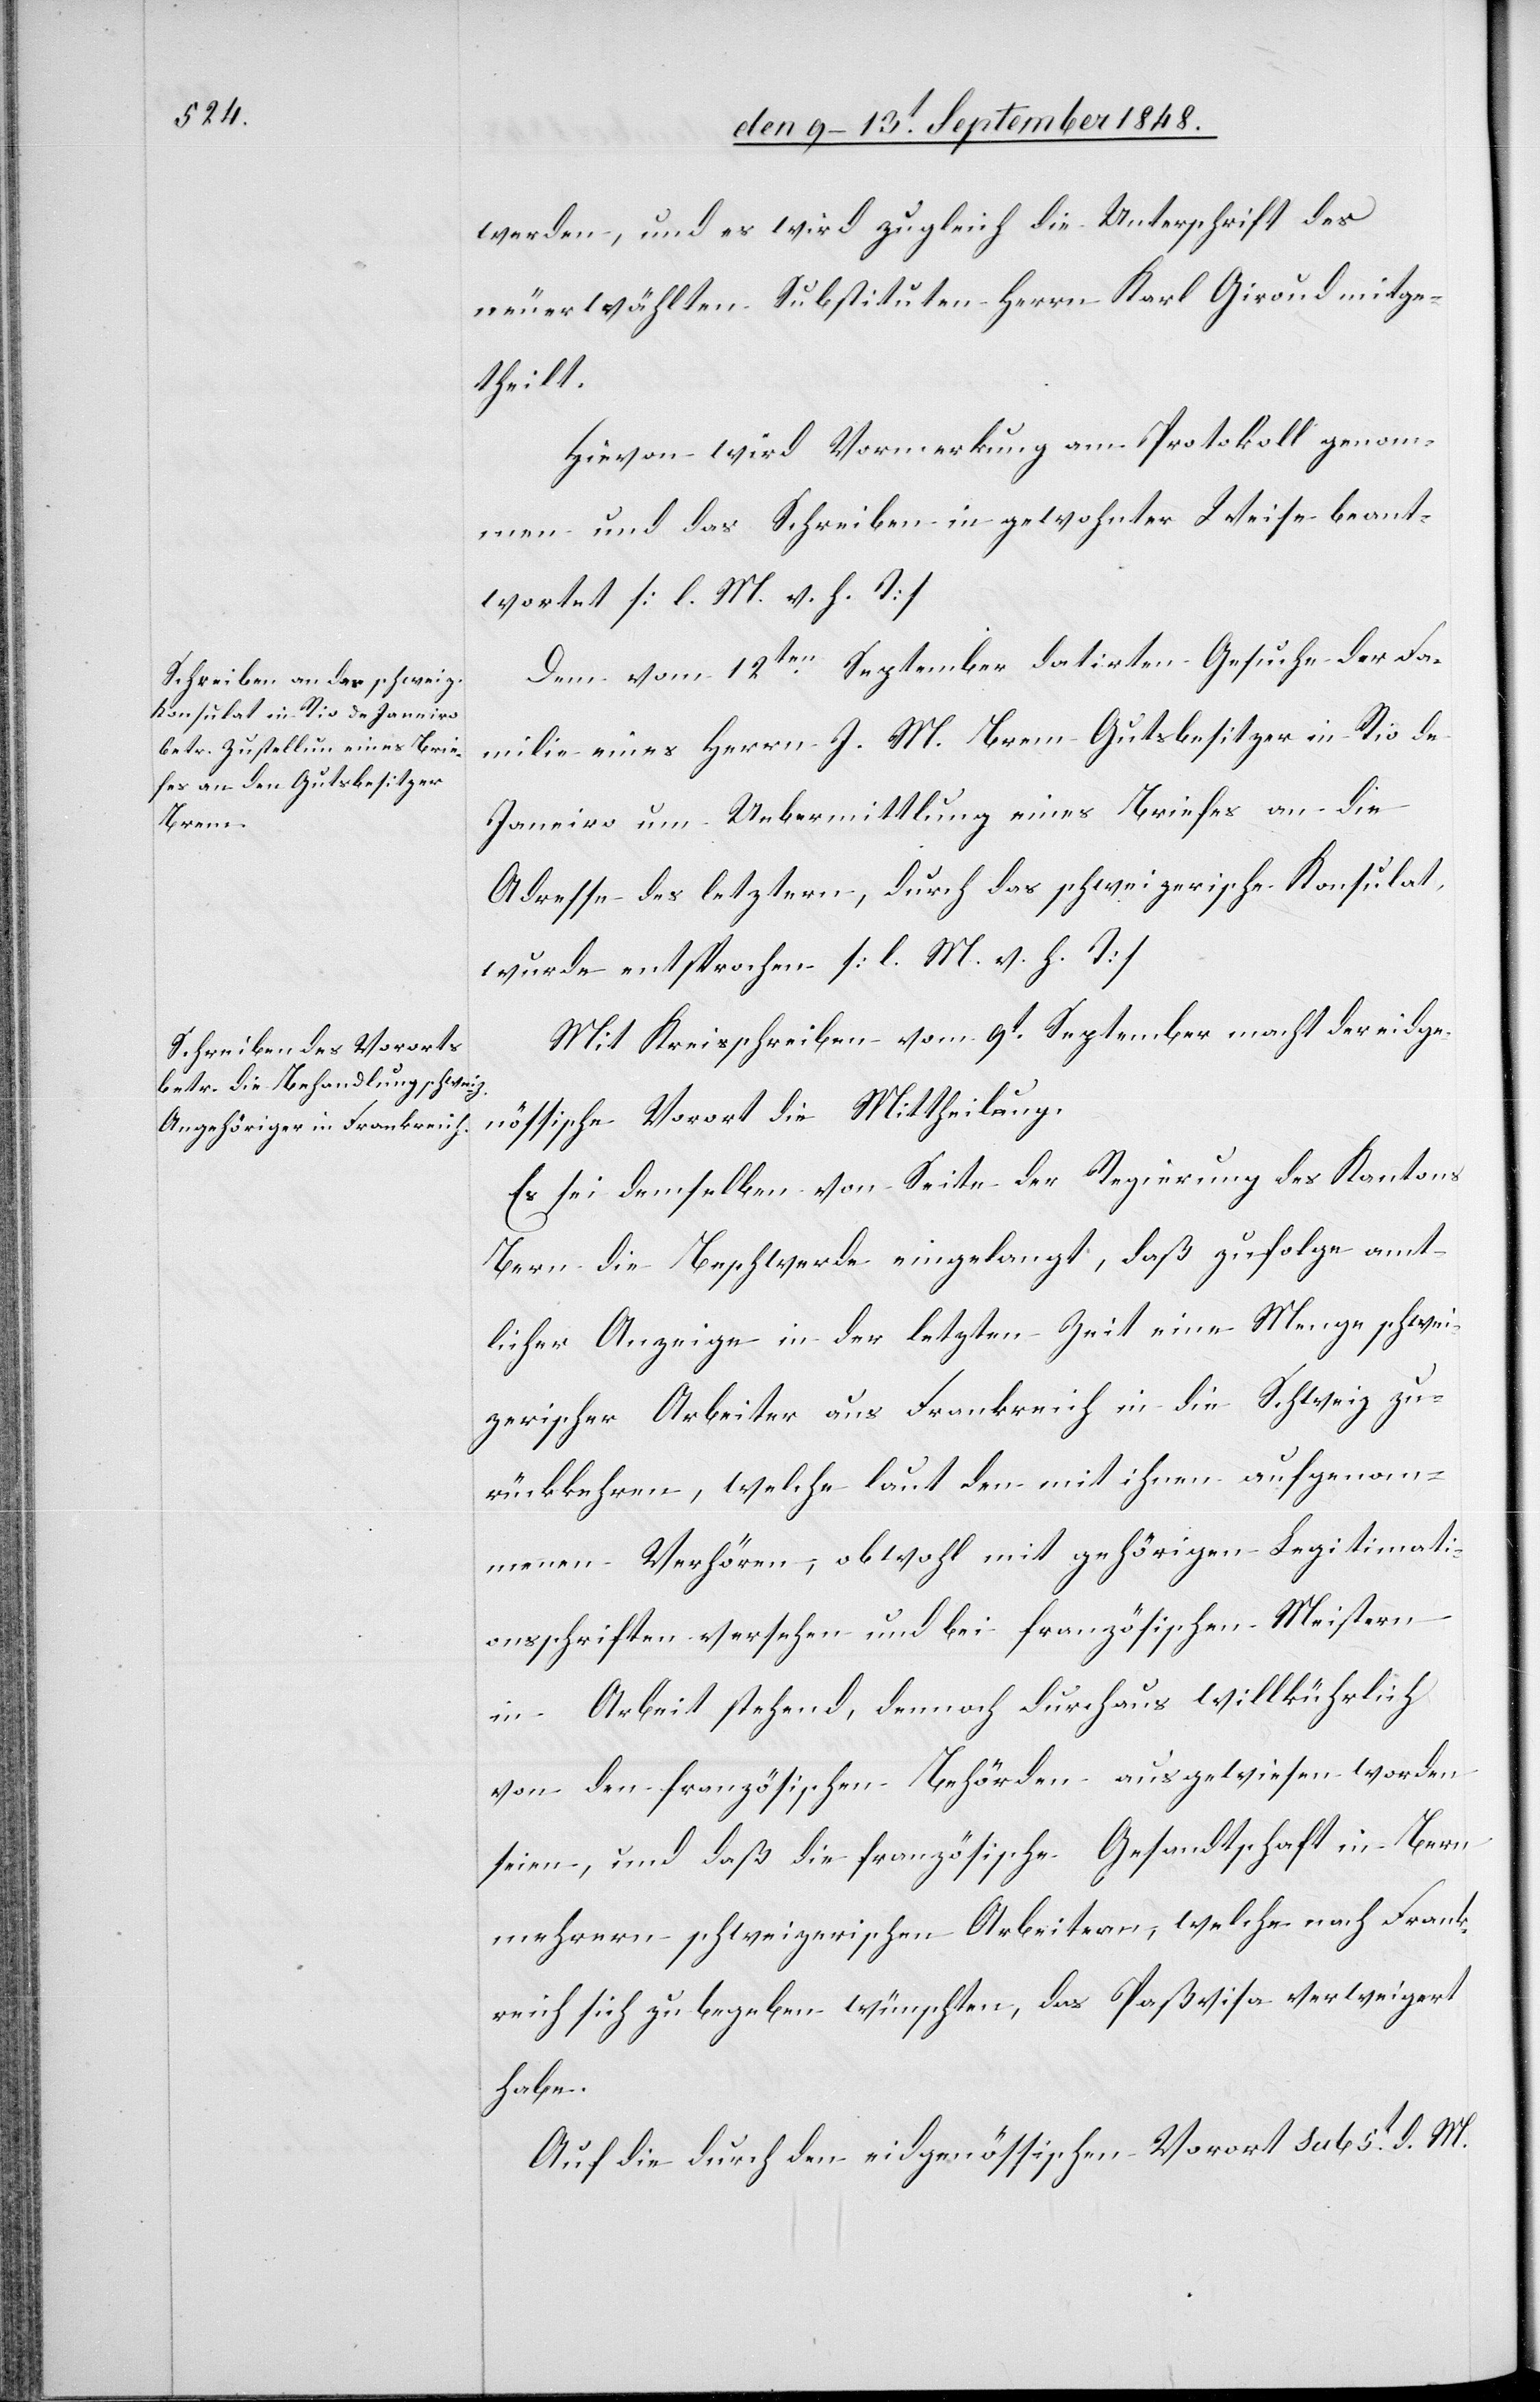
den 13t September 1848.]
werden, und es wird zugleich die Unterschrift des
neuerwählten Substituten Herrn Karl Giroud mitge¬
theilt.
Hievon wird Vormerkung am Protokoll genom¬
men und das Schreiben in gewohnter Weise beant¬
wortet [l. M. v. h. T].
Dem vom 12ten September datirten Gesuche der Fa¬
milie eines Herrn J. M. Brem Gutsbesitzer in Rio de
Janeiro um Uebermittlung eines Briefes an die
Adresse des letztern, durch das schweizerische Konsulat,
wurde entsprochen. [l. M. v. h. T]
Mit Kreisschreiben vom 9t September macht der eidge¬
nössische Vorort die Mittheilung
Es sei demselben von Seite der Regierung des Kantons
Bern die Beschwerde eingelangt, daß zufolge amt¬
licher Anzeige in der letzten Zeit eine Menge schwei¬
zerischer Arbeiter aus Frankreich in die Schweiz zu¬
rückkehren, welche laut den mit ihnen aufgenom¬
menen Verhören, obwohl mit gehörigen Legitimati¬
onsschriften versehen und bei französischen Meistern
in Arbeit stehend, dennoch durchaus willkührlich
von den französischen Behörden ausgewiesen worden
seien, und daß die französische Gesandtschaft in Bern
mehrern schweizerischen Arbeitern, welche nach Frank¬
reich sich zu begeben wünschten, das Paßvisa verweigert
habe.
Auf die durch den eidgenössischen Vorort sub 5t d. M.